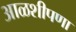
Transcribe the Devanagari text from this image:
आळशीपणा